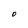
Character: O